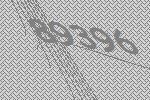
89396